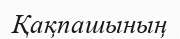
Қақпашының